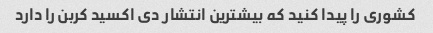
کشوری را پیدا کنید که بیشترین انتشار دی اکسید کربن را دارد